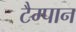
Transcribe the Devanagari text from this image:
टैम्पान